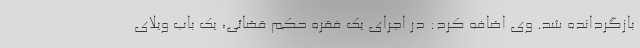
بازگردانده شد. وی اضافه کرد: در اجرای یک فقره حکم قضائی، یک باب ویلای